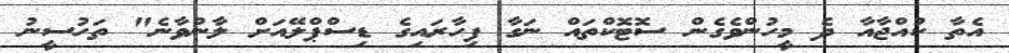
އެތާ ކުއްޖާއާ ދެ މީހުންވެގެން ސޮޓޮކްތައް ނަގާ ފިހާރައިގެ ޑިސްޕްލޭއަށް ލާންވާނެ" ތަހުސީނު